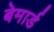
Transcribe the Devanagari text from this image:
बेमार्ड